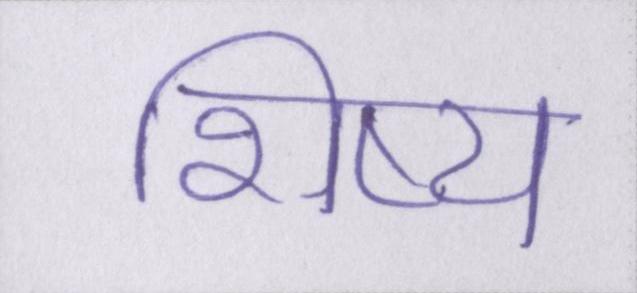
शिष्य